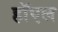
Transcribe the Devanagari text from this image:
हॉएल